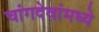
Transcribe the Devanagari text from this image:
चांगदेवांमध्ये